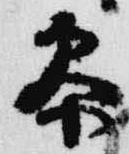
参